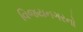
વિજયનગરનો